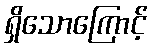
ရှိသောကြောင့်